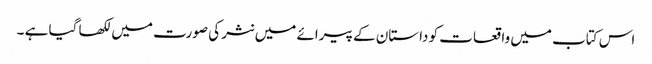
اس کتاب میں واقعات کو داستان کے پیرائے میں نثر کی صورت میں لکھا گیا ہے ۔